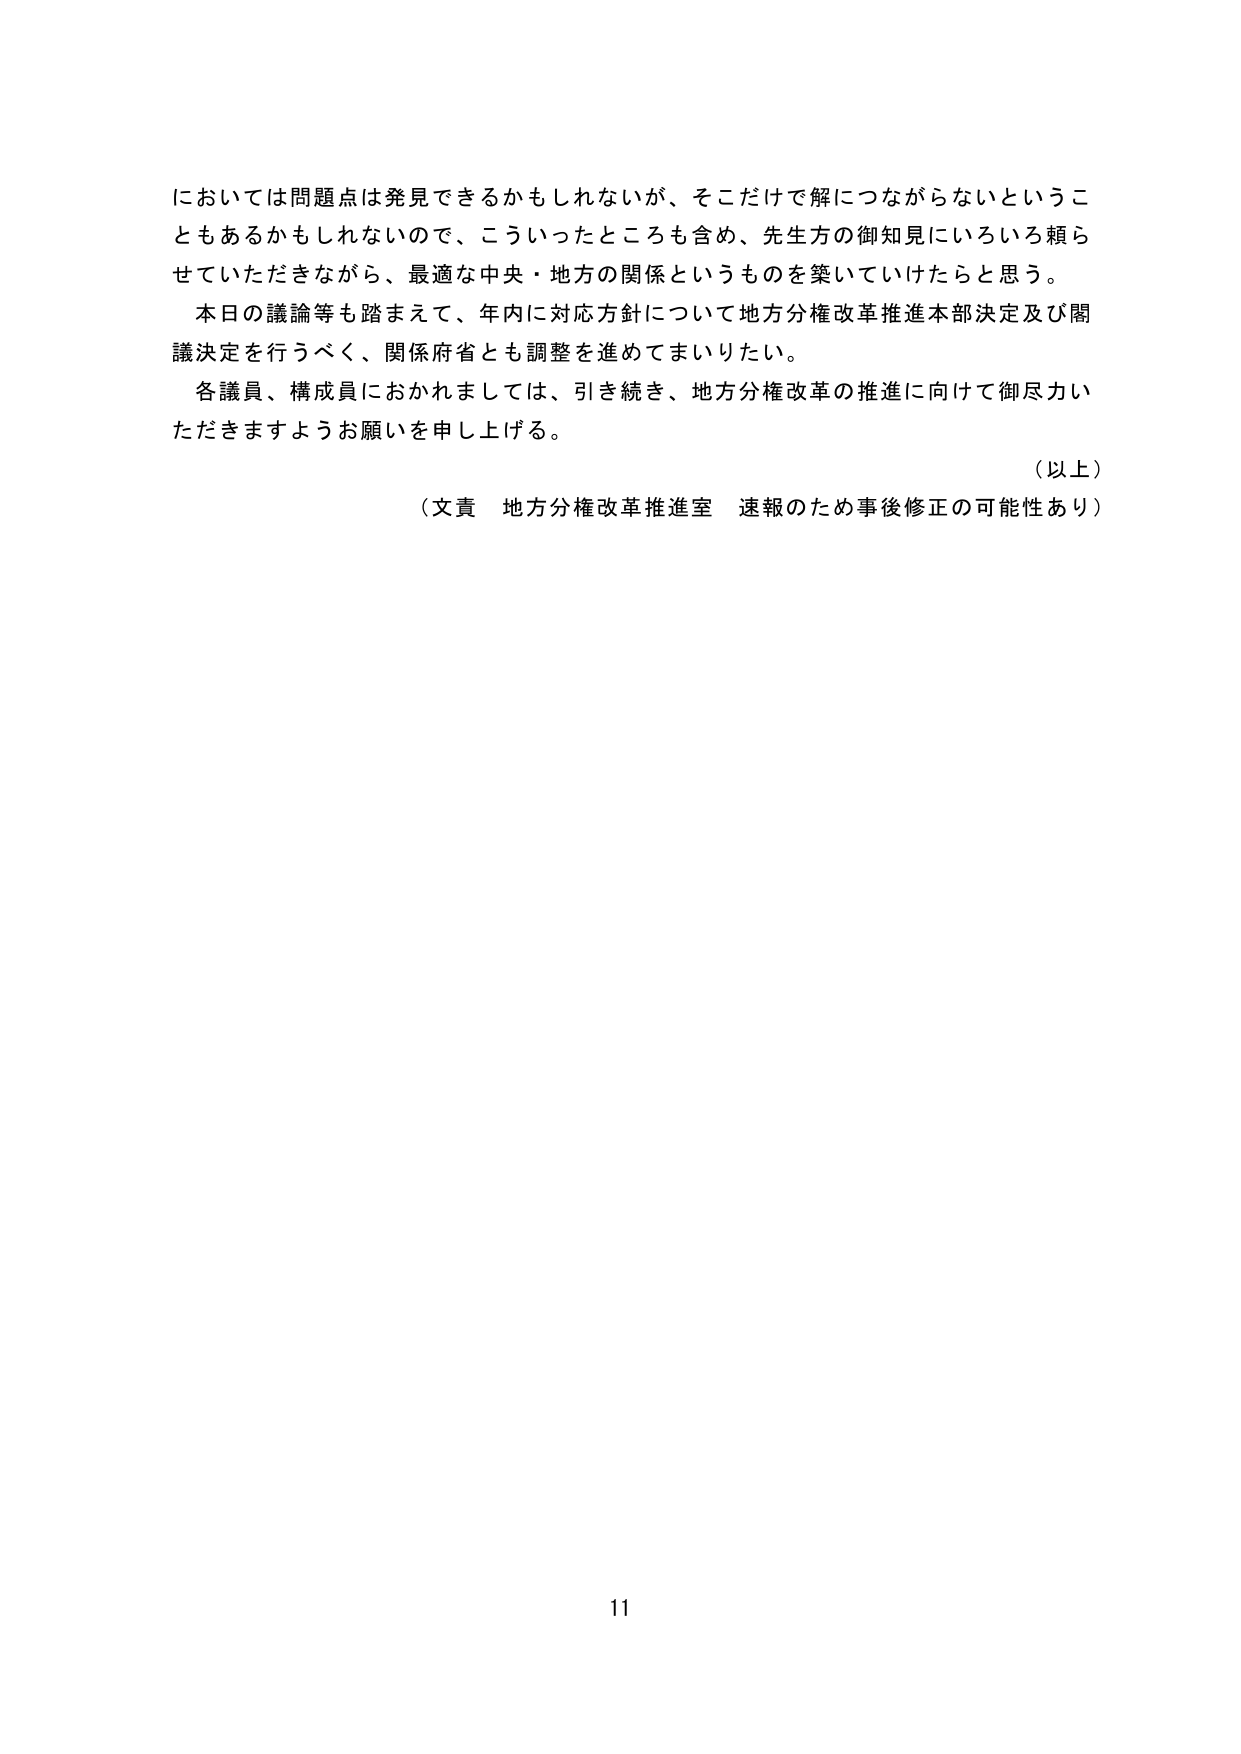
においては問題点は発見できるかもしれないが、そこだけで解につながらないというこ
ともあるかもしれないので、こういったところも含め、先生方の御知見にいろいろ頼ら
せていただきながら、最適な中央・地方の関係というものを築いていけたらと思う。
本日の議論等も踏まえて、年内に対応方針について地方分権改革推進本部決定及び閣
議決定を行うべく、関係府省とも調整を進めてまいりたい。
各議員、構成員におかれましては、引き続き、地方分権改革の推進に向けて御尽力い
ただきますようお願いを申し上げる。
（以上）
（文責 地方分権改革推進室 速報のため事後修正の可能性あり）
11